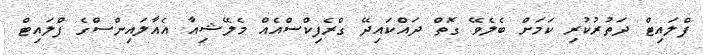
ފްލައިޓް ދަތުރުކުރި ކަމަށް ބެލެވޭ ގޮތް ދައްކައިދޭ ގްރެފިކްސްއެއް މެލޭޝިއާ އެއާލައިންސްގެ ފްލައިޓް